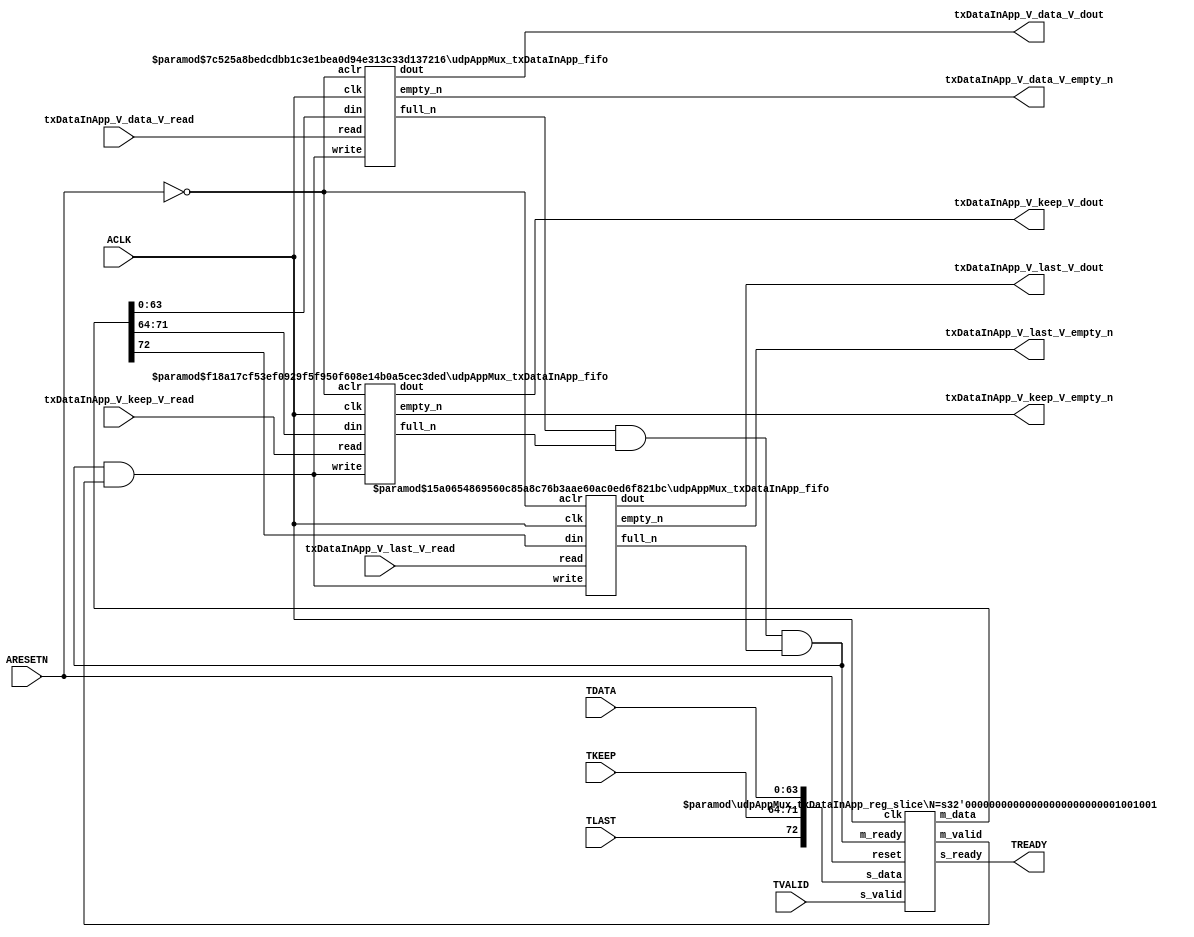
// ==============================================================
// File generated by Vivado(TM) HLS - High-Level Synthesis from C, C++ and SystemC
// Version: 2015.1
// Copyright (C) 2015 Xilinx Inc. All rights reserved.
// 
// ==============================================================


`timescale 1ns/1ps

module udpAppMux_txDataInApp_if (
    // AXI4-Stream singals
    input  wire        ACLK,
    input  wire        ARESETN,
    input  wire        TVALID,
    output wire        TREADY,
    input  wire [63:0] TDATA,
    input  wire [7:0]  TKEEP,
    input  wire [0:0]  TLAST,
    // User signals
    output wire [63:0] txDataInApp_V_data_V_dout,
    output wire        txDataInApp_V_data_V_empty_n,
    input  wire        txDataInApp_V_data_V_read,
    output wire [7:0]  txDataInApp_V_keep_V_dout,
    output wire        txDataInApp_V_keep_V_empty_n,
    input  wire        txDataInApp_V_keep_V_read,
    output wire [0:0]  txDataInApp_V_last_V_dout,
    output wire        txDataInApp_V_last_V_empty_n,
    input  wire        txDataInApp_V_last_V_read
);
//------------------------Local signal-------------------
// FIFO
wire [0:0]  fifo_write;
wire [0:0]  fifo_full_n;
wire [63:0] txDataInApp_V_data_V_din;
wire [0:0]  txDataInApp_V_data_V_full_n;
wire [7:0]  txDataInApp_V_keep_V_din;
wire [0:0]  txDataInApp_V_keep_V_full_n;
wire [0:0]  txDataInApp_V_last_V_din;
wire [0:0]  txDataInApp_V_last_V_full_n;
// register slice
wire [0:0]  s_valid;
wire [0:0]  s_ready;
wire [72:0] s_data;
wire [0:0]  m_valid;
wire [0:0]  m_ready;
wire [72:0] m_data;

//------------------------Instantiation------------------
// rs
udpAppMux_txDataInApp_reg_slice #(
    .N       ( 73 )
) rs (
    .clk     ( ACLK ),
    .reset   ( ARESETN ),
    .s_data  ( s_data ),
    .s_valid ( s_valid ),
    .s_ready ( s_ready ),
    .m_data  ( m_data ),
    .m_valid ( m_valid ),
    .m_ready ( m_ready )
);

// txDataInApp_V_data_V_fifo
udpAppMux_txDataInApp_fifo #(
    .DATA_BITS  ( 64 ),
    .DEPTH_BITS ( 4 )
) txDataInApp_V_data_V_fifo (
    .clk        ( ACLK ),
    .aclr       ( ~ARESETN ),
    .empty_n    ( txDataInApp_V_data_V_empty_n ),
    .full_n     ( txDataInApp_V_data_V_full_n ),
    .read       ( txDataInApp_V_data_V_read ),
    .write      ( fifo_write ),
    .dout       ( txDataInApp_V_data_V_dout ),
    .din        ( txDataInApp_V_data_V_din )
);

// txDataInApp_V_keep_V_fifo
udpAppMux_txDataInApp_fifo #(
    .DATA_BITS  ( 8 ),
    .DEPTH_BITS ( 4 )
) txDataInApp_V_keep_V_fifo (
    .clk        ( ACLK ),
    .aclr       ( ~ARESETN ),
    .empty_n    ( txDataInApp_V_keep_V_empty_n ),
    .full_n     ( txDataInApp_V_keep_V_full_n ),
    .read       ( txDataInApp_V_keep_V_read ),
    .write      ( fifo_write ),
    .dout       ( txDataInApp_V_keep_V_dout ),
    .din        ( txDataInApp_V_keep_V_din )
);

// txDataInApp_V_last_V_fifo
udpAppMux_txDataInApp_fifo #(
    .DATA_BITS  ( 1 ),
    .DEPTH_BITS ( 4 )
) txDataInApp_V_last_V_fifo (
    .clk        ( ACLK ),
    .aclr       ( ~ARESETN ),
    .empty_n    ( txDataInApp_V_last_V_empty_n ),
    .full_n     ( txDataInApp_V_last_V_full_n ),
    .read       ( txDataInApp_V_last_V_read ),
    .write      ( fifo_write ),
    .dout       ( txDataInApp_V_last_V_dout ),
    .din        ( txDataInApp_V_last_V_din )
);

//------------------------Body---------------------------
//++++++++++++++++++++++++AXI4-Stream++++++++++++++++++++
assign TREADY = s_ready;

//+++++++++++++++++++++++++++++++++++++++++++++++++++++++

//++++++++++++++++++++++++Reigister Slice++++++++++++++++
assign s_valid = TVALID;
assign m_ready = fifo_full_n;
assign s_data  = {TLAST[0:0], TKEEP[7:0], TDATA[63:0]};

//+++++++++++++++++++++++++++++++++++++++++++++++++++++++

//++++++++++++++++++++++++FIFO+++++++++++++++++++++++++++
assign fifo_write               = fifo_full_n & m_valid;
assign txDataInApp_V_data_V_din = m_data[63:0];
assign txDataInApp_V_keep_V_din = m_data[71:64];
assign txDataInApp_V_last_V_din = m_data[72:72];
assign fifo_full_n              = txDataInApp_V_data_V_full_n & txDataInApp_V_keep_V_full_n & txDataInApp_V_last_V_full_n;

//+++++++++++++++++++++++++++++++++++++++++++++++++++++++

endmodule



`timescale 1ns/1ps

module udpAppMux_txDataInApp_fifo
#(parameter
    DATA_BITS  = 8,
    DEPTH_BITS = 4
)(
    input  wire                 clk,
    input  wire                 aclr,
    output wire                 empty_n,
    output wire                 full_n,
    input  wire                 read,
    input  wire                 write,
    output wire [DATA_BITS-1:0] dout,
    input  wire [DATA_BITS-1:0] din
);
//------------------------Parameter----------------------
localparam
    DEPTH = 1 << DEPTH_BITS;
//------------------------Local signal-------------------
reg                   empty;
reg                   full;
reg  [DEPTH_BITS-1:0] index;
reg  [DATA_BITS-1:0]  mem[0:DEPTH-1];
//------------------------Body---------------------------
assign empty_n = ~empty;
assign full_n  = ~full;
assign dout    = mem[index];

// empty
always @(posedge clk or posedge aclr) begin
    if (aclr)
        empty <= 1'b1;
    else if (empty & write & ~read)
        empty <= 1'b0;
    else if (~empty & ~write & read & (index==1'b0))
        empty <= 1'b1;
end

// full
always @(posedge clk or posedge aclr) begin
    if (aclr)
        full <= 1'b0;
    else if (full & read & ~write)
        full <= 1'b0;
    else if (~full & ~read & write & (index==DEPTH-2'd2))
        full <= 1'b1;
end

// index
always @(posedge clk or posedge aclr) begin
    if (aclr)
        index <= {DEPTH_BITS{1'b1}};
    else if (~empty & ~write & read)
        index <= index - 1'b1;
    else if (~full & ~read & write)
        index <= index + 1'b1;
end

// mem
always @(posedge clk) begin
    if (~full & write) mem[0] <= din;
end

genvar i;
generate
    for (i = 1; i < DEPTH; i = i + 1) begin : gen_sr
        always @(posedge clk) begin
            if (~full & write) mem[i] <= mem[i-1];
        end
    end
endgenerate

endmodule

`timescale 1ns/1ps

module udpAppMux_txDataInApp_reg_slice
#(parameter
    N = 8   // data width
) (
    // system signals
    input  wire         clk,
    input  wire         reset,
    // slave side
    input  wire [N-1:0] s_data,
    input  wire         s_valid,
    output wire         s_ready,
    // master side
    output wire [N-1:0] m_data,
    output wire         m_valid,
    input  wire         m_ready
);
//------------------------Parameter----------------------
// state
localparam [1:0]
    ZERO = 2'b10,
    ONE  = 2'b11,
    TWO  = 2'b01;
//------------------------Local signal-------------------
reg  [N-1:0] data_p1;
reg  [N-1:0] data_p2;
wire         load_p1;
wire         load_p2;
wire         load_p1_from_p2;
reg          s_ready_t;
reg  [1:0]   state;
reg  [1:0]   next;
//------------------------Body---------------------------
assign s_ready = s_ready_t;
assign m_data  = data_p1;
assign m_valid = state[0];

assign load_p1 = (state == ZERO && s_valid) ||
                 (state == ONE && s_valid && m_ready) ||
                 (state == TWO && m_ready);
assign load_p2 = s_valid & s_ready;
assign load_p1_from_p2 = (state == TWO);

// data_p1
always @(posedge clk) begin
    if (load_p1) begin
        if (load_p1_from_p2)
            data_p1 <= data_p2;
        else
            data_p1 <= s_data;
    end
end

// data_p2
always @(posedge clk) begin
    if (load_p2) data_p2 <= s_data;
end

// s_ready_t
always @(posedge clk) begin
    if (~reset)
        s_ready_t <= 1'b0;
    else if (state == ZERO)
        s_ready_t <= 1'b1;
    else if (state == ONE && next == TWO)
        s_ready_t <= 1'b0;
    else if (state == TWO && next == ONE)
        s_ready_t <= 1'b1;
end

// state
always @(posedge clk) begin
    if (~reset)
        state <= ZERO;
    else
        state <= next;
end

// next
always @(*) begin
    case (state)
        ZERO:
            if (s_valid & s_ready)
                next = ONE;
            else
                next = ZERO;
        ONE:
            if (~s_valid & m_ready)
                next = ZERO;
            else if (s_valid & ~m_ready)
                next = TWO;
            else
                next = ONE;
        TWO:
            if (m_ready)
                next = ONE;
            else
                next = TWO;
        default:
            next = ZERO;
    endcase
end

endmodule